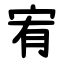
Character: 宥